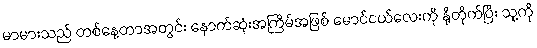
မာမားသည် တစ်နေ့တာအတွင်း နောက်ဆုံးအကြိမ်အဖြစ် မောင်ငယ်လေးကို နို့တိုက်ပြီး သူ့ကို